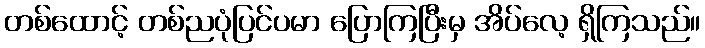
တစ်ထောင့် တစ်ညပုံပြင်ပမာ ပြောကြပြီးမှ အိပ်လေ့ ရှိကြသည်။